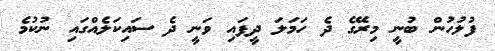
ފުލުހުން ބުނީ މިރޭގެ ދެ ހަމަލަ ދީފައި ވަނީ ދެ ސައިކަލެއްގައި ނުކުމެ